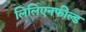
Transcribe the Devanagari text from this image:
लिलिएनफील्ड